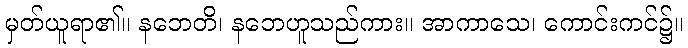
မှတ်ယူရာ၏။ နဘေတိ၊ နဘေဟူသည်ကား။ အာကာသေ၊ ကောင်းကင်၌။